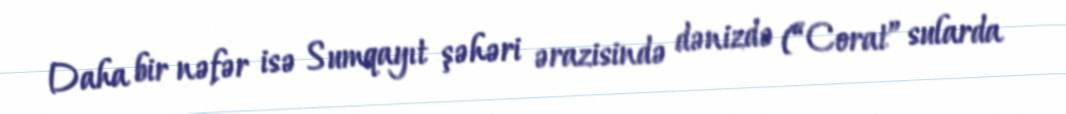
Daha bir nəfər isə Sumqayıt şəhəri ərazisində dənizdə (“Corat” sularda